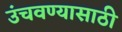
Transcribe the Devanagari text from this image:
उंचवण्यासाठी